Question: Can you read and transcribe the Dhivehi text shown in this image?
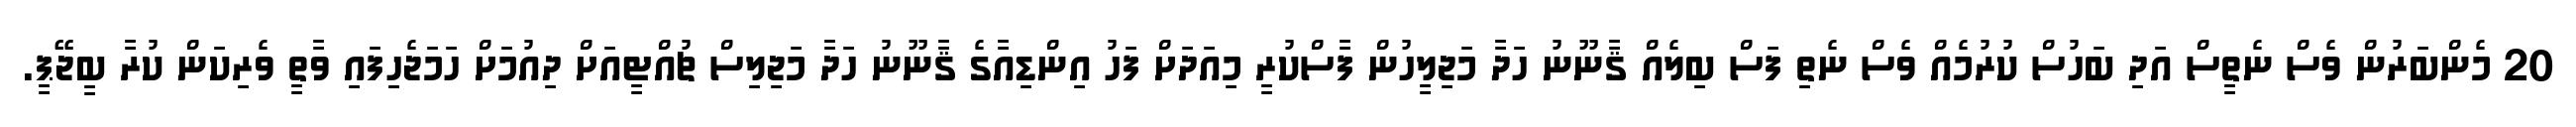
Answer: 20 މެންބަރުން ވެސް ނެތީސް އަދި ބަހުސް ކުރުމެއް ވެސް ނެތި ފަސް ބިލެއް ޤާނޫނު ހަދާ މަޖިލީހުން ފާސްކުރީ މިއަދަށް ފަހު އިންޑިއާގެ ޤާނޫނު ހަދާ މަޖިލިސް ޗުއްޓީއަށް ދިއުމަށް ހަމަޖެހިފައި ވާތީ ވެރިކަން ކުރާ ބީޖޭޕީ.